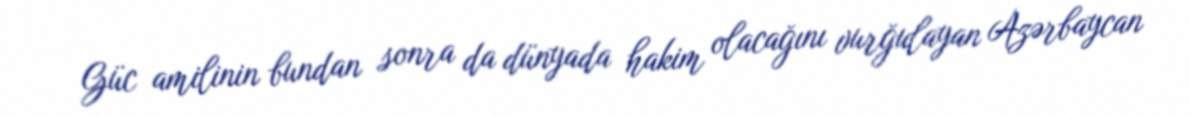
Güc amilinin bundan sonra da dünyada hakim olacağını vurğulayan Azərbaycan